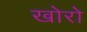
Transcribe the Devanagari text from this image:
खोरो